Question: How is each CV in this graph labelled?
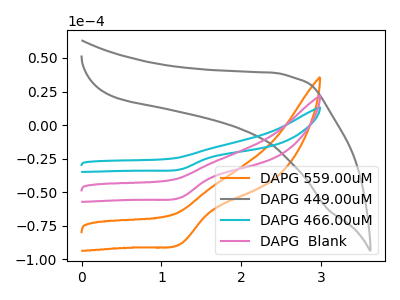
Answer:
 <answer>The orange curve is labeled "DAPG 559.00uM". The gray curve is labeled "DAPG 449.00uM". The cyan curve is labeled "DAPG 466.00uM". The pink curve is labeled "DAPG  Blank".</answer>
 <eval></eval>